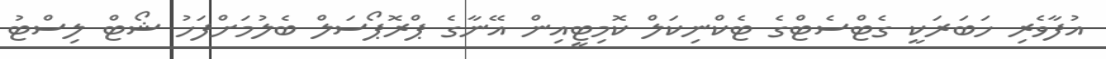
އުފާވެރި ހަބަރަކީ ގެޓްސެޓްގެ ޓެކްނިކަލް ކޮމިޓީއިން އޭނާގެ ޕްރޮޕޯސަލް ބެލުމަށްފަހު ޝޯޓް ލިސްޓު